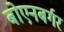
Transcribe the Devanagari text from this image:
बोएनबर्गर